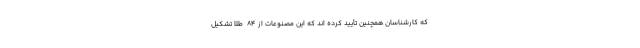
که کارشناسان همچنین تأیید کرده اند که این مصنوعات از ۸۴  طلا تشکیل